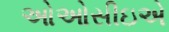
ઓઓસીઇએ